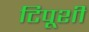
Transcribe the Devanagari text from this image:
टिपूशी